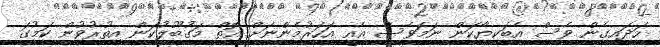
ހަދައިގެން ވެސް އެބަކިޔާކަން ނަމަވެސް އެއީ އަހަރުމެންނަށް އޮތް މަގުބޫލުކަން އިތުރުވުން ކަމުގަ